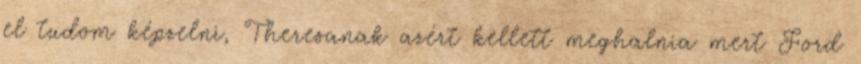
el tudom képzelni, Theresanak azért kellett meghalnia mert Ford